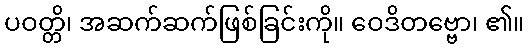
ပဝတ္တိ၊ အဆက်ဆက်ဖြစ်ခြင်းကို။ ဝေဒိတဗ္ဗော၊ ၏။